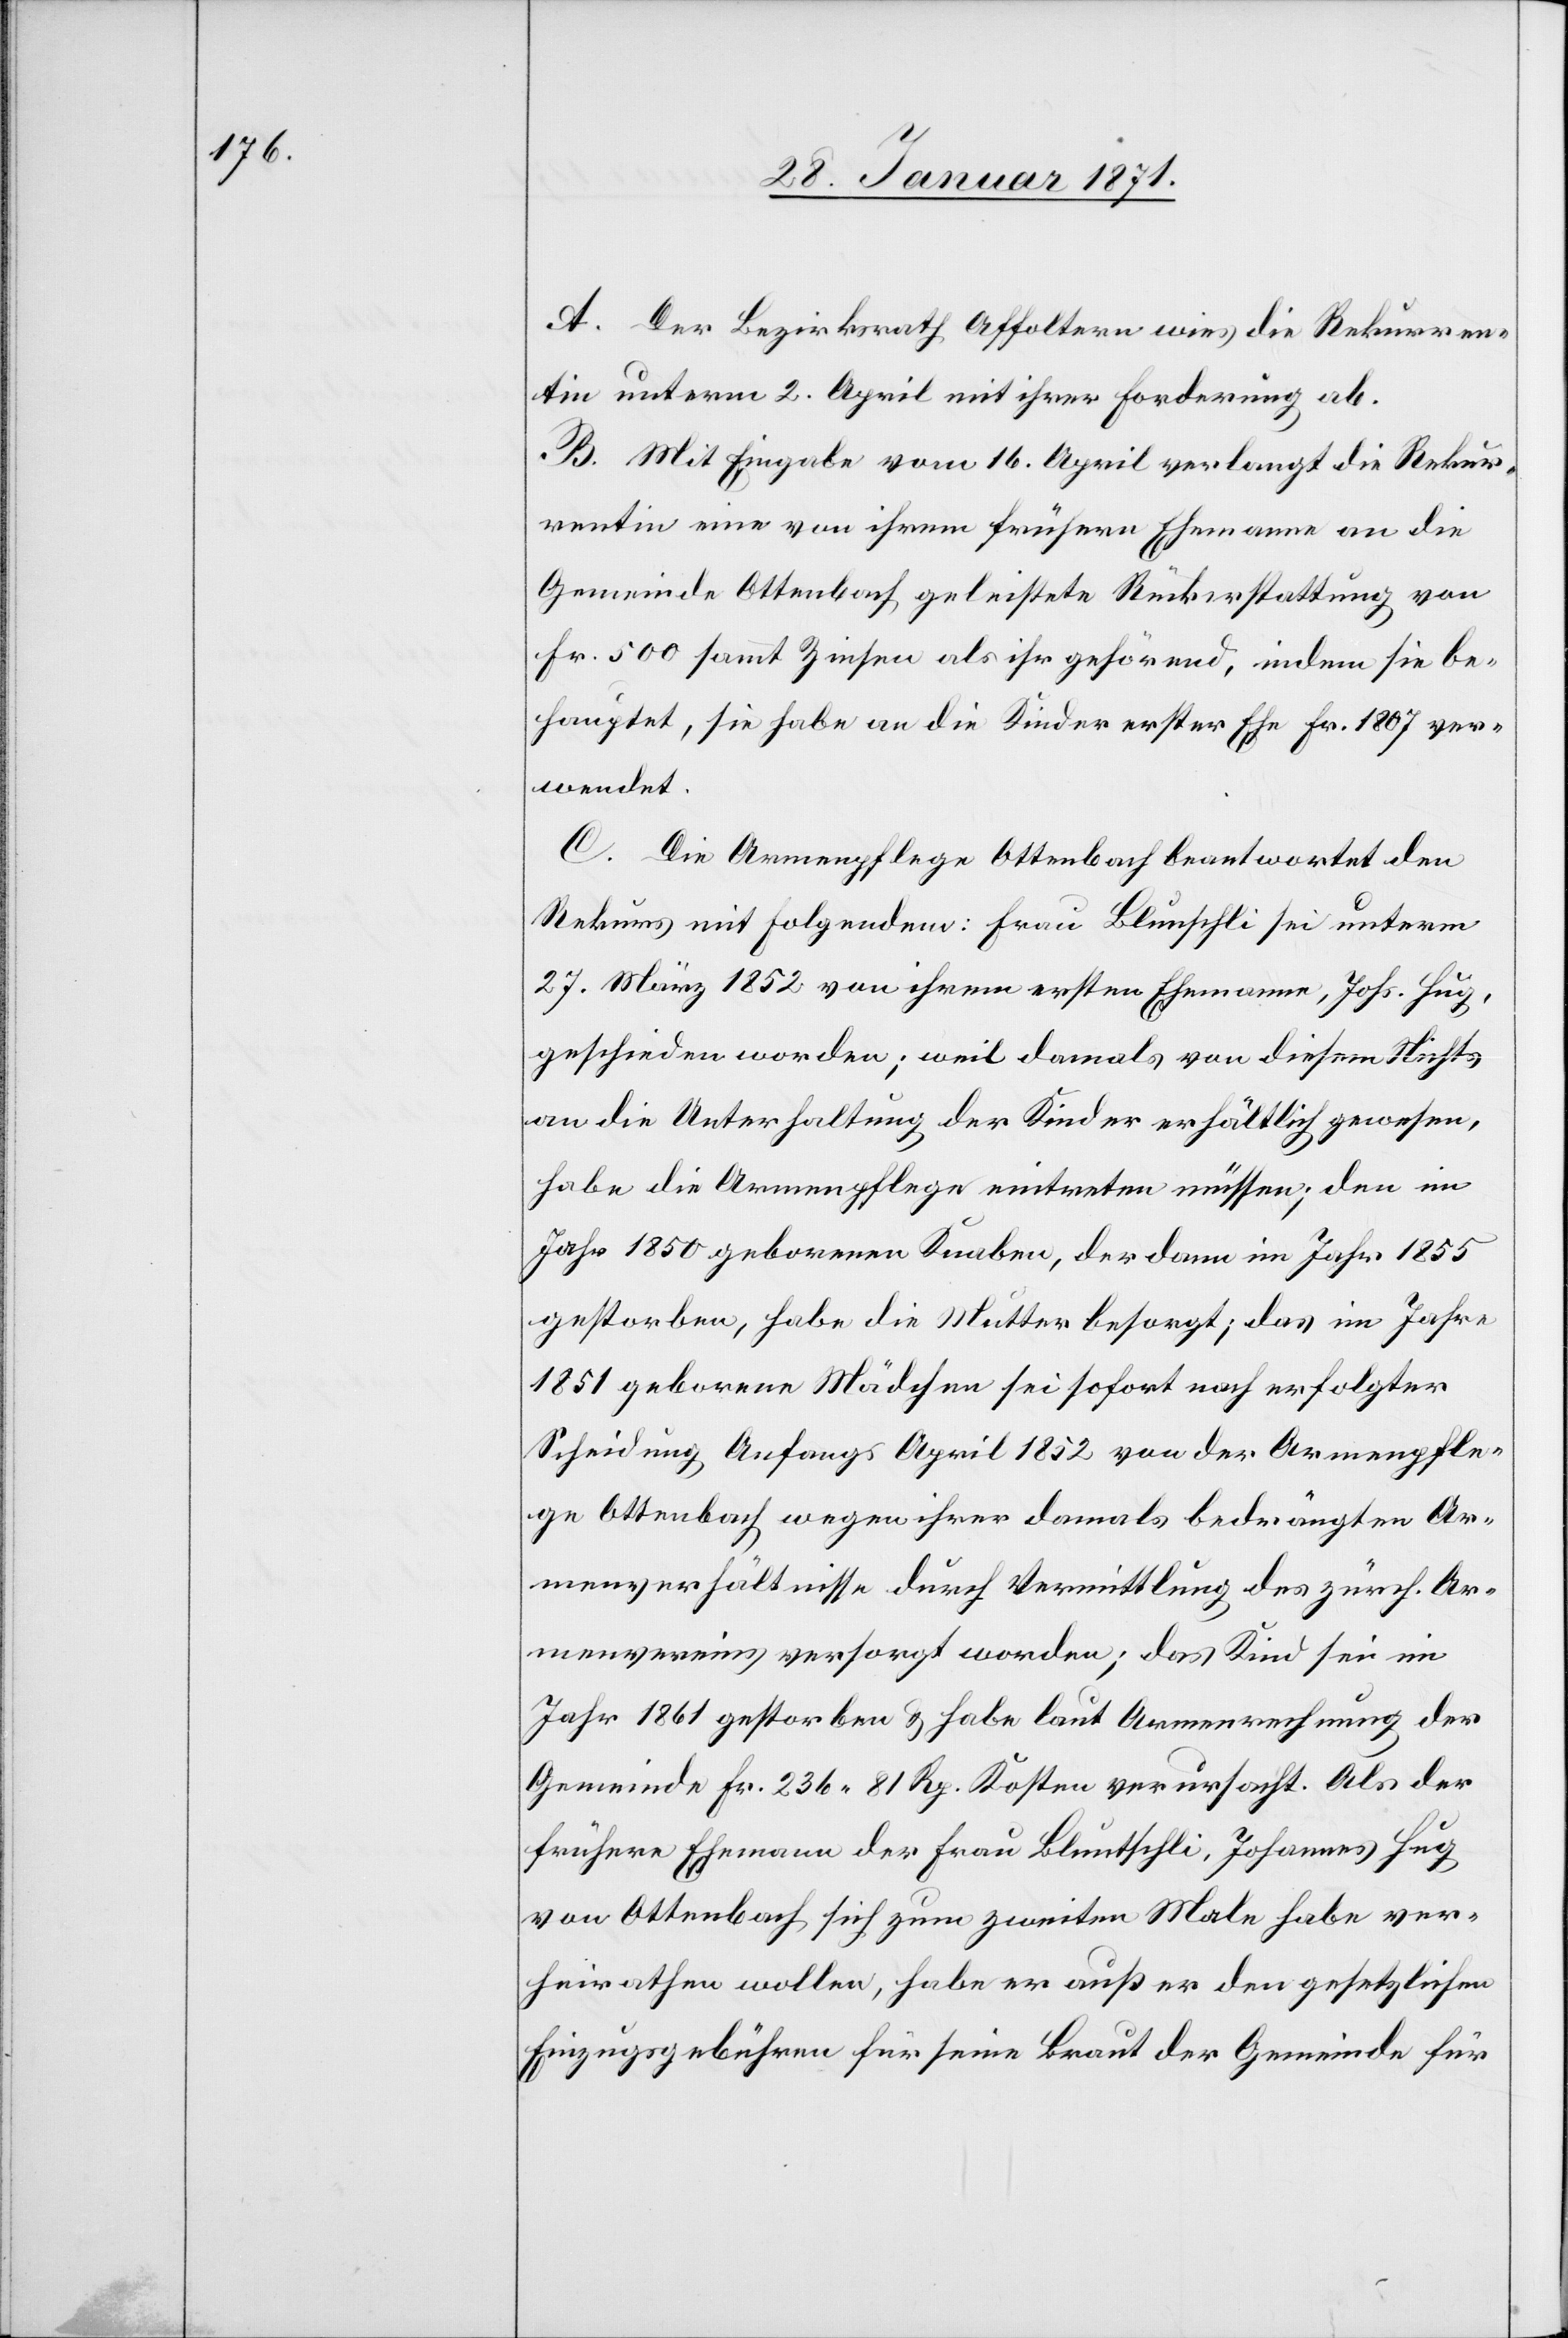
A. Der Bezirksrath Affoltern wies die Rekurren¬
tin unterm 2. April mit ihrer Forderung ab.
B. mit Eingabe vom 16. April verlangt die Rekur¬
rentin eine von ihrem frühern Ehemann an die
Gemeinde Ottenbach geleistete Rückerstattung von
Fr. 500 sammt Zinsen als ihr gehörend, indem sie be¬
hauptet, sie habe an die Kinder erster Ehe Fr. 1807 ver¬
wendet.
C. Die Armenpflege Ottenbach beantwortet den
Rekurs mit Folgendem: Frau Blunschli sei unterm
27. März 1852 von ihrem ersten Ehemann, Johs. Hug,
geschieden worden; weil damals von diesem Nichts
an die Unterhaltung der Kinder erhältlich gewesen,
habe die Armenpflege eintreten müssen; den im
Jahr 1850 geborenen Knaben, der dann im Jahr 1855
gestorben, habe die Mutter besorgt; das im Jahre
1851 geborene Mädchen sei sofort nach erfolgter
Scheidung Anfangs April 1852 von der Armenpfle¬
ge Ottenbach wegen ihrer damals bedrängten Ar¬
menverhältnisse durch Vermittlung des zürch. Ar¬
menvereins versorgt worden; das Kind sei im
Jahr 1861 gestorben u. habe laut Armenrechnung der
Gemeinde Fr. 236.81 Rp. Kosten verursacht. Als der
frühere Ehemann der Frau Blunschli, Johannes Hug
von Ottenbach sich zum zweiten Male haben ver¬
heiraten wollen, habe er außer den gesetzlichen
Einzugsgebühren für seine Braut der Gemeinde für